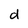
Character: d